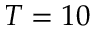
T = 1 0